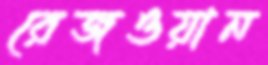
রেজওয়ান